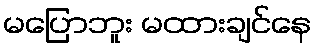
မပြောဘူး မထားချင်နေ